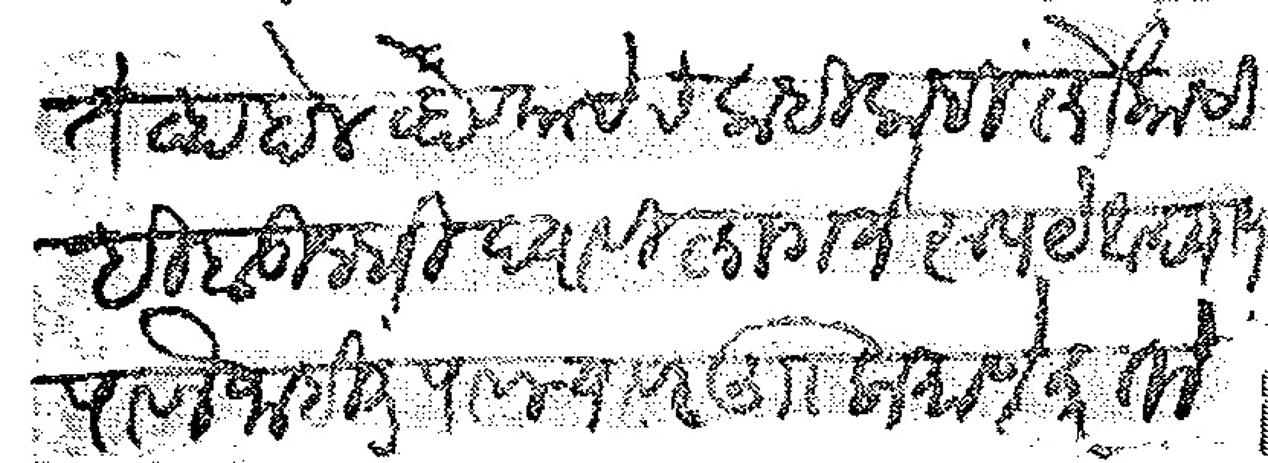
Transliteration (Devanagari): तेव्हा हाल व्हावयाचेच कधी कधी लोकांची ही बुद्धी घ्यावी लागते रुपये अद्याप पावले नाहीत पावल्यावर लि प्रमाणे करतो